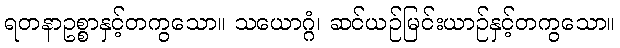
ရတနာဥစ္စာနှင့်တကွသော။ သယောဂ္ဂံ၊ ဆင်ယဉ်မြင်းယာဉ်နှင့်တကွသော။